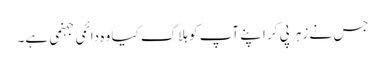
جس نے زہر پی کر اپنے آپ کو ہلاک کیا وہ دائمی جہنمی ہے۔